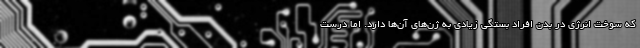
که سوخت انرژی در بدن افراد بستگی زیادی به ژن‌های آن‌ها دارد. اما درست